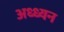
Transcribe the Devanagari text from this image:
अध्ध्यन